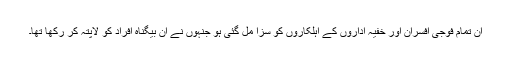
ان تمام فوجی افسران اور خفیہ اداروں کے اہلکاروں کو سزا مل گئی ہو جنہوں نے ان بیگناہ افراد کو لاپتہ کر رکھا تھا۔